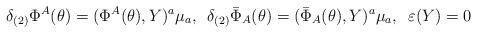
LaTeX: \begin{align*}\delta_{(2)}\Phi^A(\theta)=(\Phi^A(\theta),Y)^a\mu_a,\,\,\, \delta_{(2)}\bar{\Phi}_A(\theta)=(\bar{\Phi}_A(\theta),Y)^a\mu_a,\,\,\, \varepsilon(Y)=0\end{align*}